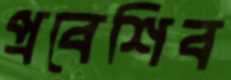
প্রবেশিব